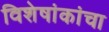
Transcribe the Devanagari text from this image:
विशेषांकांचा